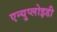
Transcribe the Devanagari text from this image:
एन्युप्लोइडी